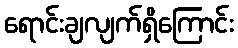
ရောင်းချလျက်ရှိကြောင်း